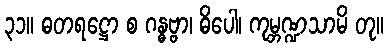
၃၁။ ဓတရဋ္ဌော စ ဂန္ဓဗ္ဗာ၊ ဓိပေါ၊ ကုမ္ဘဏ္ဍသာမိ တု။